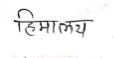
मजकूर: हिमालय